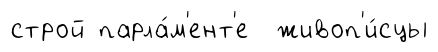
строй парла́м'ент'е живоп'и́сцы